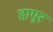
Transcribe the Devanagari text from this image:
हापुर